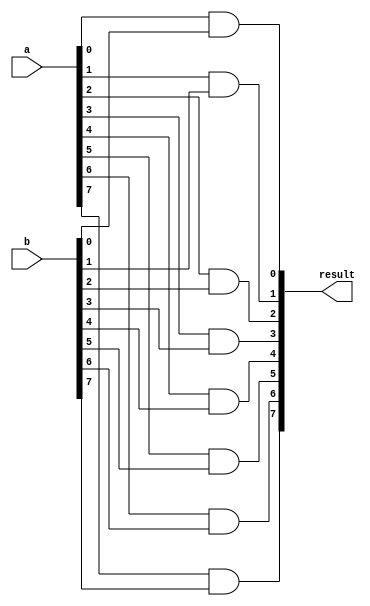
module AND
	#(
		parameter N = 8
	)
	(
		input  wire [N-1:0] a,
		input  wire [N-1:0] b,
		output wire [N-1:0] result
	);

	generate
		genvar i;
		for (i=0; i<N; i=i+1) begin
			assign result[i] = a[i] & b[i];
		end
	endgenerate

endmodule